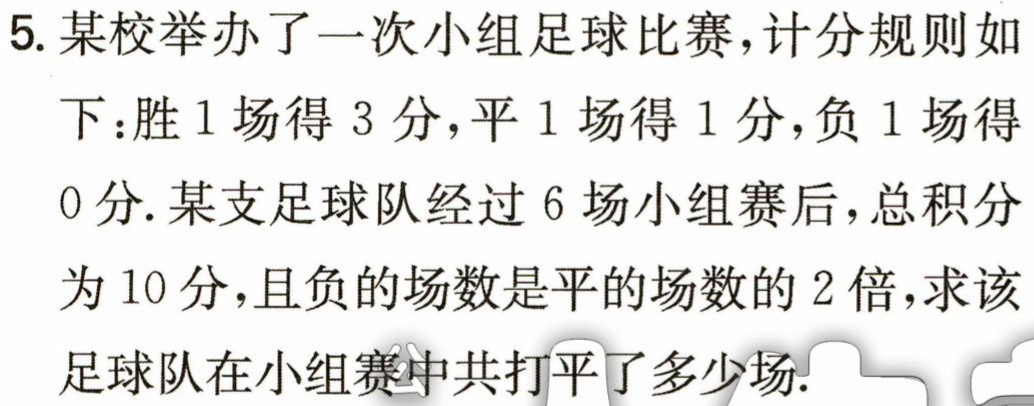
5. 某校举办了一次小组足球比赛，计分规则如下：胜1场得3分，平1场得1分，负1场得0分. 某支足球队经过6场小组赛后，总积分为10分，且负的场数是平的场数的2倍，求该足球队在小组赛中共打平了多少场.